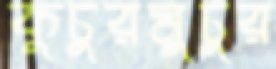
কুচুরমুচুর